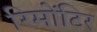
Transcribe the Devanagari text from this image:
रिमोंटिर